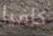
كافيا